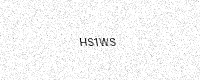
Text: HS1WS